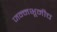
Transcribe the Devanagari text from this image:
जन्मभूमीच